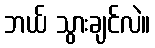
ဘယ် သွားချင်လဲ။